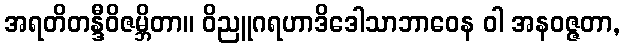
အရတိတန္ဒီဝိဇမ္ဘိတာ။ ဝိညူဂရဟာဒိဒေါသာဘာဝေန ဝါ အနဝဇ္ဇတာ,